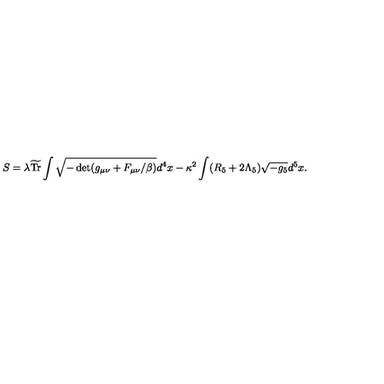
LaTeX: S = \lambda \widetilde { \mathrm { T r } } \int \sqrt { - \det ( g _ { \mu \nu } + F _ { \mu \nu } / \beta ) } d ^ { 4 } x - \kappa ^ { 2 } \int ( R _ { 5 } + 2 \Lambda _ { 5 } ) \sqrt { - g _ { 5 } } d ^ { 5 } x .